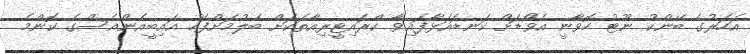
އަހަރުގެ ބޭންކު ނޫޓު ހޮވާނީ އެވޯޑަށް ކަނޑައަޅާފައިވާ ކްރައިޓީރިއާތަކަށް ބެލުމަށްފަހު އައިބީއެންއެސްގެ ކޮންމެ